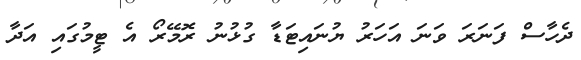
ދެހާސް ފަނަރަ ވަނަ އަހަރު ޔުނައިޓަޑާ ގުޅުނު ރޮމޭރޯ އެ ޓީމުގައި އަދާ